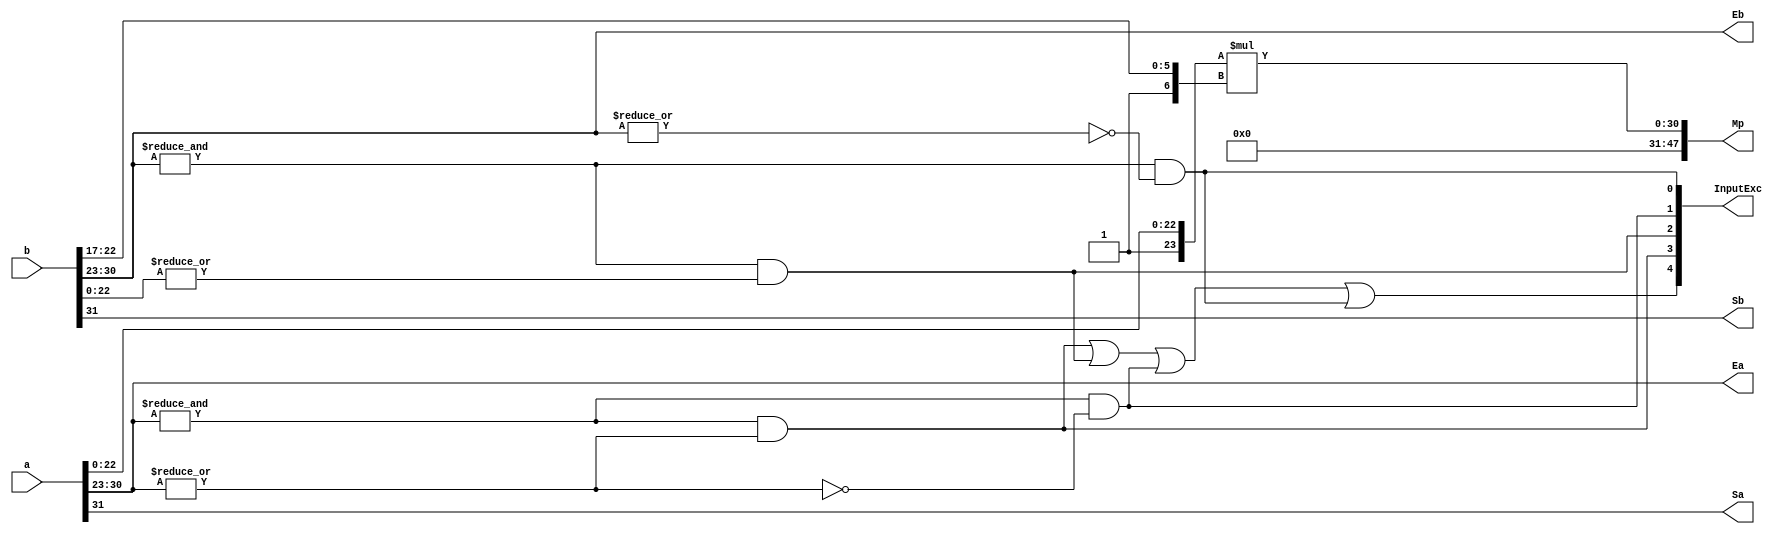
`timescale 1ns / 1ps

module FPMult_a (
		a,
		b,
		Sa,
		Sb,
		Ea,
		Eb,
		Mp,
		InputExc
	);
	
	// Input ports
	input [31:0] a ;								// Input A, a 32-bit floating point number
	input [31:0] b ;								// Input B, a 32-bit floating point number
	
	// Output ports
	output Sa ;										// A's sign
	output Sb ;										// B's sign
	output [7:0] Ea ;								// A's exponent
	output [7:0] Eb ;								// B's exponent
	output [47:0] Mp ;							// Mantissa product
	output [4:0] InputExc ;						// Input numbers are exceptions
	
	// Internal signals							// If signal is high...
	wire ANaN ;										// A is a signalling NaN
	wire BNaN ;										// B is a signalling NaN
	wire AInf ;										// A is infinity
	wire BInf ;										// B is infinity
	wire [47:0] PCOUT1 ;
	
	
	assign ANaN = &(a[30:23]) & |(a[30:23]) ;			// All one exponent and not all zero mantissa - NaN
	assign BNaN = &(b[30:23]) & |(b[22:0]);			// All one exponent and not all zero mantissa - NaN
	assign AInf = &(a[30:23]) & ~|(a[30:23]) ;		// All one exponent and all zero mantissa - Infinity
	assign BInf = &(b[30:23]) & ~|(b[30:23]) ;		// All one exponent and all zero mantissa - Infinity
	
	// Check for any exceptions and put all flags into exception vector
	assign InputExc = {(ANaN | BNaN | AInf | BInf), ANaN, BNaN, AInf, BInf} ;
	//assign InputExc = {(ANaN | ANaN | BNaN |BNaN), ANaN, ANaN, BNaN,BNaN} ;
	
	// Take input numbers apart
	assign Sa = a[31] ;							// A's sign
	assign Sb = b[31] ;							// B's sign
	assign Ea = (a[30:23]);						// Store A's exponent in Ea, unless A is an exception
	assign Eb = (b[30:23]);						// Store B's exponent in Eb, unless B is an exception	
	
  `ifndef SYNTHESIS_
	assign Mp = ({7'b0000001, a[22:0]}*{12'b000000000001, b[22:17]}) ;
  `else
  DW02_mult #(30,18) u_mult(.A({7'b0000001, a[22:0]}), .B({12'b000000000001, b[22:17]}), .TC(1'b1), .PRODUCT(Mp));
  `endif

endmodule